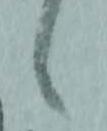
候